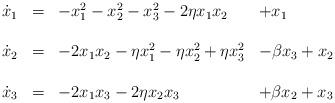
LaTeX: \begin{align*}\begin{array}{ccll} \dot{x}_1 & = & -x_1^2-x_2^2-x_3^2 - 2\eta x_1x_2 & + x_1 \\ & & & \\\dot{x}_2 & = & - 2x_1x_2 - \eta x_1^2 - \eta x_2^2 +\eta x_3^2 & - \beta x_3 + x_2 \\ & & & \\\dot{x}_3 & = & - 2x_1x_3 -2\eta x_2 x_3 & +\beta x_2 +x_3\end{array}\end{align*}